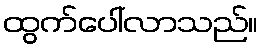
ထွက်ပေါ်လာသည်။